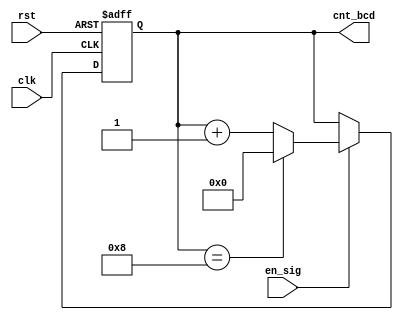
/* bcd upcounter, carriage return */

module bcd_counter (
	clk,
	rst,
	en_sig,
	cnt_bcd);
	
	input				clk;
	input				rst;
	input				en_sig;
	output	[3:0]	cnt_bcd;
	
	// 0 -> 9 4bit
	reg		[3:0]	cnt_bcd;
	
	// enalbe signal bcd counter
	always @ (posedge clk or negedge rst) begin
		if(!rst)
			cnt_bcd		<= 0;
		else if (en_sig == 1'b1) begin
			if (cnt_bcd == 8)
				cnt_bcd	<= 0;
			else
				cnt_bcd	<= cnt_bcd + 1'b1;
			end
			else
				cnt_bcd	<= cnt_bcd;
			end
			
endmodule